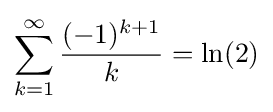
\sum _{k=1}^{\infty }{\frac {(-1)^{k+1}}{k}}=\ln(2)